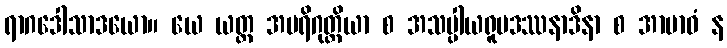
ရာဂဒေါသာဒယော။ ယေ ယတ္ထ အပရိဂုတ္တိယာ စ အသပ္ပါယရူပဒဿနာဒိနာ စ အာဗာဓံ န